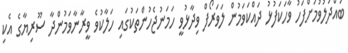
ބައްދަލުވުމަށްފަހު ވާހަކަފުޅު ދައްކަވަމުން ލަވަރޯފް ވިދާޅުވީ ހަމަނުޖެހުންތަކުގައި ހަލާކުވެ ވީރާނާވަމުންދާ ސޫރިޔާގެ އެކި